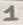
Text: 1